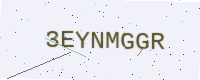
Text: 3EYNMGGR